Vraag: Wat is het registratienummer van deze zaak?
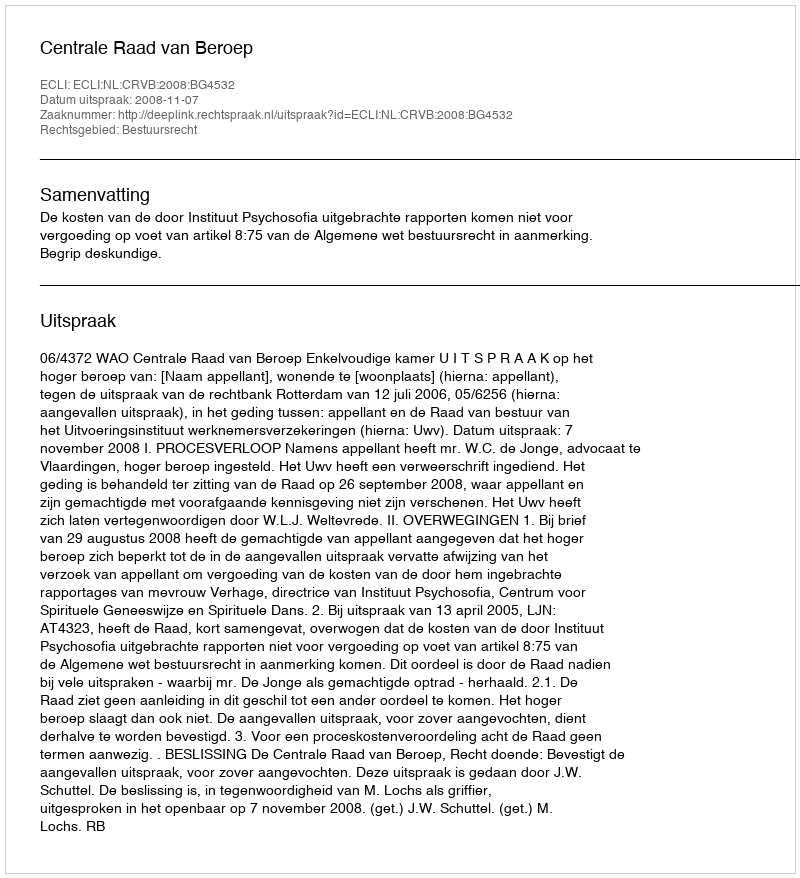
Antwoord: http://deeplink.rechtspraak.nl/uitspraak?id=ECLI:NL:CRVB:2008:BG4532